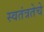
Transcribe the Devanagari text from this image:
स्वतंत्रतेचे